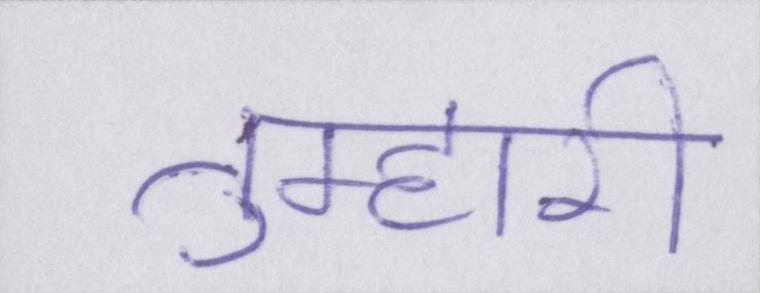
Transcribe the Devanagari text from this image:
तुम्हारी